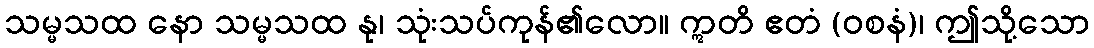
သမ္မသထ နော သမ္မသထ နု၊ သုံးသပ်ကုန်၏လော။ ဣတိ ဧတံ (ဝစနံ)၊ ဤသို့သော